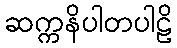
ဆက္ကနိပါတပါဠိ